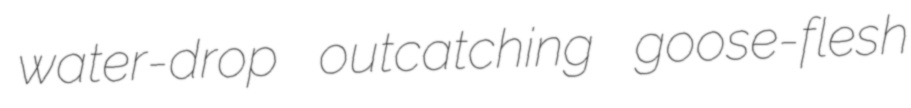
water-drop outcatching goose-flesh